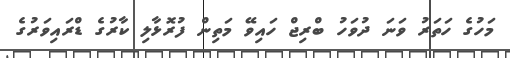
މަހުގެ ހަތަރު ވަނަ ދުވަހު ބްރިޖް ހައިވޭ މަތިން ފުރޮޅާލި ކާރުގެ ޑްރައިވަރުގެ